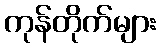
ကုန်တိုက်များ